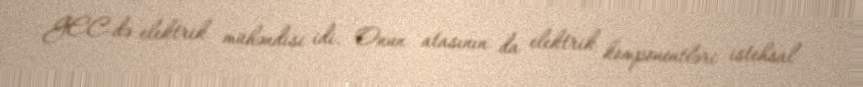
GEC-də elektrik mühəndisi idi. Onun atasının da elektrik komponentləri istehsal